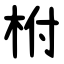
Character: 柎